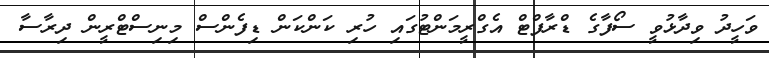
ވަހީދު ވިދާޅުވީ ސޯފާގެ ޑްރާފްޓް އެގްރީމަންޓުގައި ހުރި ކަންކަން ޑިފެންސް މިނިސްޓްރީން ދިރާސާ